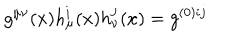
LaTeX: g ^ { \mu \nu } ( x ) h _ { \mu } ^ { i } ( x ) h _ { \nu } ^ { j } ( x ) = g ^ { ( 0 ) i j }